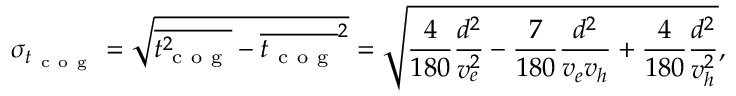
\sigma _ { { t _ { \mathrm { ~ c ~ o ~ g ~ } } } } = \sqrt { \overline { { t _ { \mathrm { ~ c ~ o ~ g ~ } } ^ { 2 } } } - \overline { { t _ { \mathrm { ~ c ~ o ~ g ~ } } } } ^ { 2 } } = \sqrt { \frac { 4 } { 1 8 0 } \frac { d ^ { 2 } } { v _ { e } ^ { 2 } } - \frac { 7 } { 1 8 0 } \frac { d ^ { 2 } } { v _ { e } v _ { h } } + \frac { 4 } { 1 8 0 } \frac { d ^ { 2 } } { v _ { h } ^ { 2 } } } ,